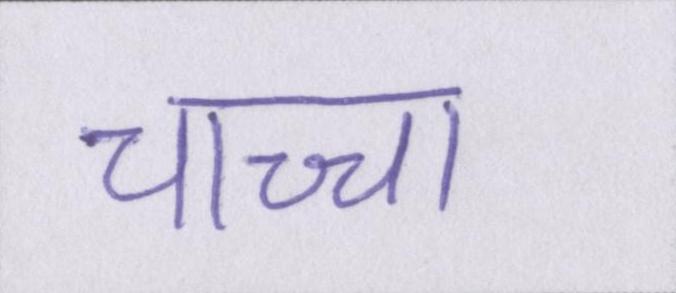
चाच्चा